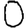
Digit: 0